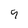
Character: 9